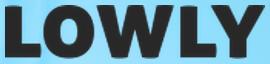
LOWLY